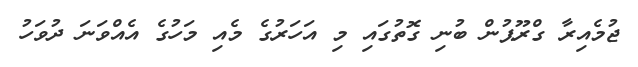
ޖުމެއިރާ ގްރޫޕުން ބުނި ގޮތުގައި މި އަހަރުގެ މެއި މަހުގެ އެއްވަނަ ދުވަހު